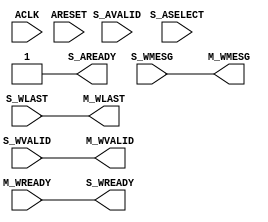
module axi_crossbar_v2_1_9_wdata_mux #
  (
   parameter         C_FAMILY       = "none", // FPGA Family.
   parameter integer C_WMESG_WIDTH            =  1, // Width of W-channel payload.
   parameter integer C_NUM_SLAVE_SLOTS     =  1, // Number of S_* ports.
   parameter integer C_SELECT_WIDTH      =  1, // Width of ASELECT.
   parameter integer C_FIFO_DEPTH_LOG     =  0 // Queue depth = 2**C_FIFO_DEPTH_LOG.
   )
  (
   // System Signals
   input  wire                                        ACLK,
   input  wire                                        ARESET,
   // Slave Data Ports
   input  wire [C_NUM_SLAVE_SLOTS*C_WMESG_WIDTH-1:0]     S_WMESG,
   input  wire [C_NUM_SLAVE_SLOTS-1:0]                S_WLAST,
   input  wire [C_NUM_SLAVE_SLOTS-1:0]                S_WVALID,
   output wire [C_NUM_SLAVE_SLOTS-1:0]                S_WREADY,
   // Master Data Ports
   output wire [C_WMESG_WIDTH-1:0]                       M_WMESG,
   output wire                                        M_WLAST,
   output wire                                        M_WVALID,
   input  wire                                        M_WREADY,
   // Write Command Ports
   input  wire [C_SELECT_WIDTH-1:0]                 S_ASELECT,  // SI-slot index from AW arbiter
   input  wire                                        S_AVALID,
   output wire                                        S_AREADY
   );

  localparam integer P_FIFO_DEPTH_LOG = (C_FIFO_DEPTH_LOG <= 5) ? C_FIFO_DEPTH_LOG : 5;  // Max depth = 32
  
  // Decode select input to 1-hot
  function [C_NUM_SLAVE_SLOTS-1:0] f_decoder (
      input [C_SELECT_WIDTH-1:0] sel
    );
    integer i;
    begin
      for (i=0; i<C_NUM_SLAVE_SLOTS; i=i+1) begin
        f_decoder[i] = (sel == i);
      end
    end
  endfunction

  wire                                          m_valid_i;
  wire                                          m_last_i;
  wire [C_NUM_SLAVE_SLOTS-1:0]             m_select_hot;
  wire [C_SELECT_WIDTH-1:0]                 m_select_enc;
  wire                                          m_avalid;
  wire                                          m_aready;
  
  generate
    if (C_NUM_SLAVE_SLOTS>1) begin : gen_wmux
      // SI-side write command queue
      axi_data_fifo_v2_1_7_axic_reg_srl_fifo #
        (
         .C_FAMILY          (C_FAMILY),
         .C_FIFO_WIDTH      (C_SELECT_WIDTH),
         .C_FIFO_DEPTH_LOG  (P_FIFO_DEPTH_LOG),
         .C_USE_FULL        (0)
         )
        wmux_aw_fifo
          (
           .ACLK    (ACLK),
           .ARESET  (ARESET),
           .S_MESG  (S_ASELECT),
           .S_VALID (S_AVALID),
           .S_READY (S_AREADY),
           .M_MESG  (m_select_enc),
           .M_VALID (m_avalid),
           .M_READY (m_aready)
           );
    
      assign m_select_hot = f_decoder(m_select_enc);
      
      // Instantiate MUX
      generic_baseblocks_v2_1_0_mux_enc # 
        (
         .C_FAMILY      ("rtl"),
         .C_RATIO       (C_NUM_SLAVE_SLOTS),
         .C_SEL_WIDTH   (C_SELECT_WIDTH),
         .C_DATA_WIDTH  (C_WMESG_WIDTH)
        ) mux_w 
        (
         .S   (m_select_enc),
         .A   (S_WMESG),
         .O   (M_WMESG),
         .OE  (1'b1)
        ); 
        
      assign m_last_i  = |(S_WLAST & m_select_hot);
      assign m_valid_i = |(S_WVALID & m_select_hot);
      
      assign m_aready = m_valid_i & m_avalid & m_last_i & M_WREADY;
      assign M_WLAST = m_last_i;
      assign M_WVALID = m_valid_i & m_avalid;
      assign S_WREADY = m_select_hot & {C_NUM_SLAVE_SLOTS{m_avalid & M_WREADY}};
    end else begin : gen_no_wmux
      assign S_AREADY = 1'b1;
      assign M_WVALID = S_WVALID;
      assign S_WREADY = M_WREADY;
      assign M_WLAST = S_WLAST;
      assign M_WMESG = S_WMESG;
    end
  endgenerate
  
endmodule